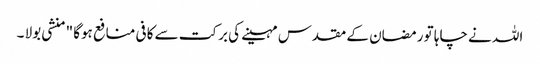
اللہ نے چاہا تو رمضان کے مقدس مہینے کی برکت سے کافی منافع ہوگا " منشی بولا ۔